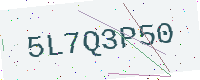
Text: 5L7Q3P50